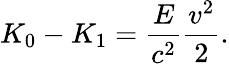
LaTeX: K_{0}-K_{1}={\frac{E}{c^{2}}}{\frac{v^{2}}{2}}.